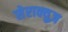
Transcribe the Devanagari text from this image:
सेराक्युज़